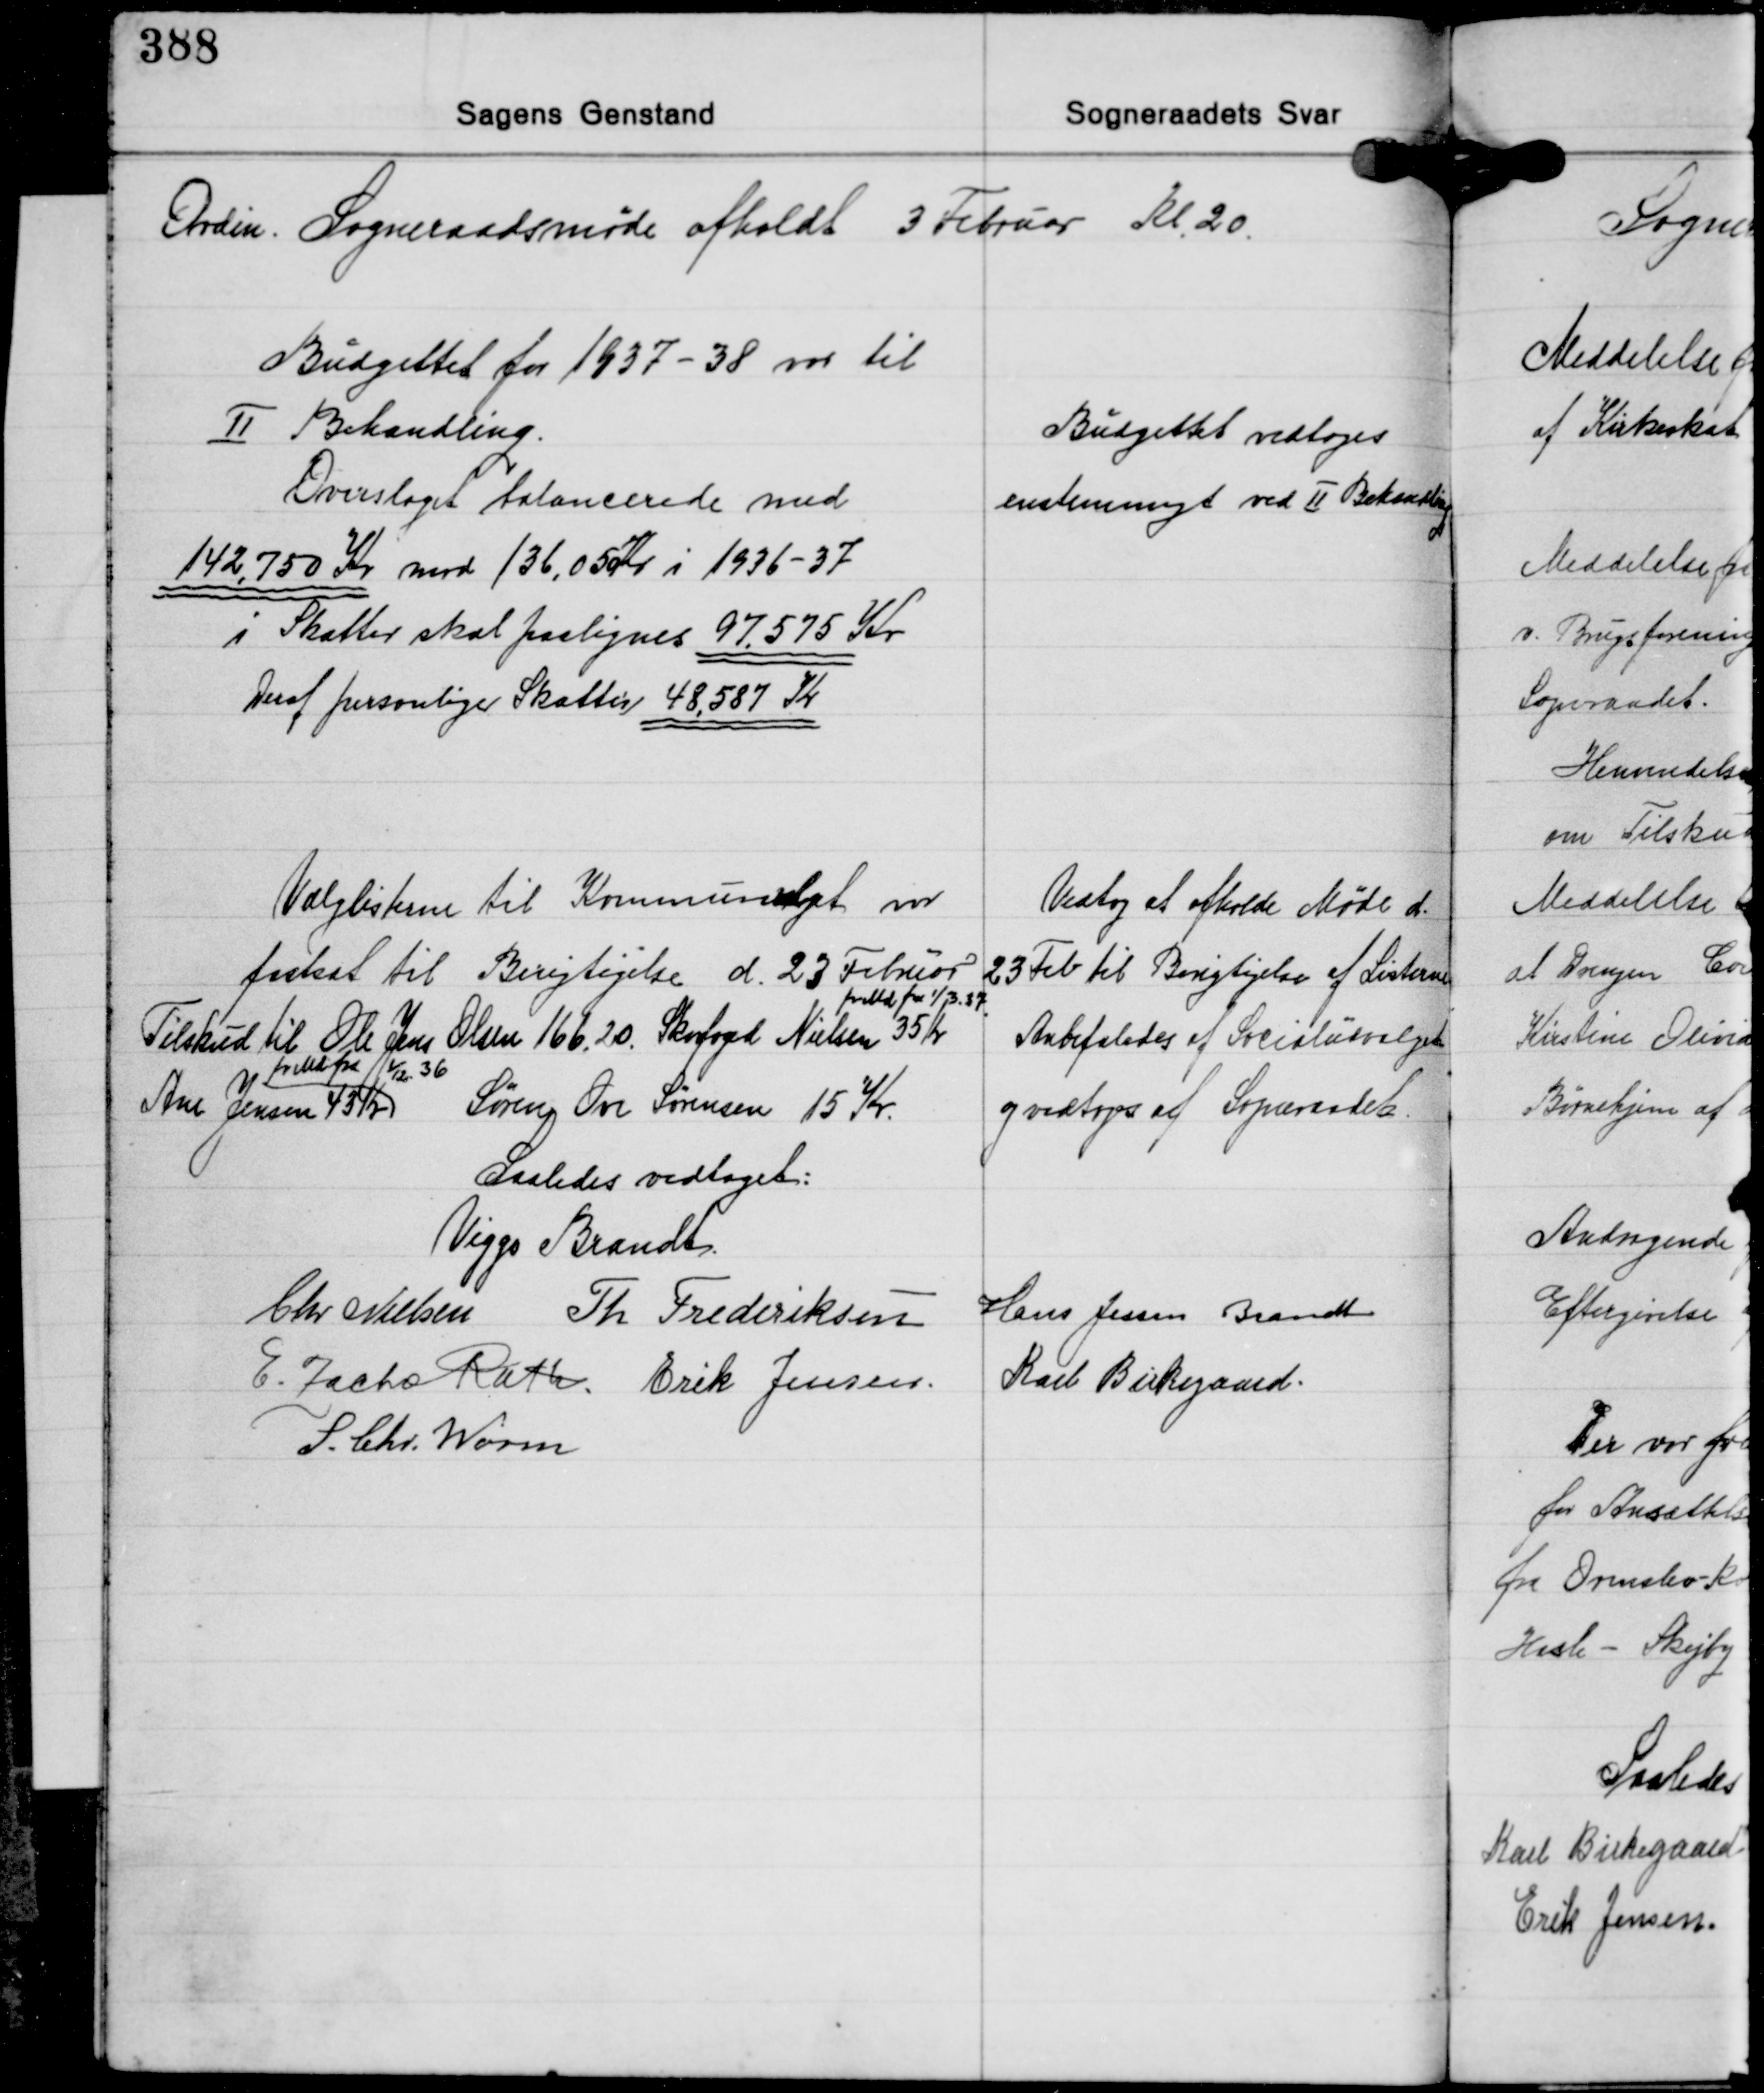
Transskription:
Ordin. Sogneraadsmøde afholdt 3 Februar Kl. 20.

Budgettet for 1937-38 var til
Ⅱ Behandling.
Overslaget balancerede med
142.750 Kr. mod 136,05 Kr. i 1936-37
i Skatter skal paalignes 97.575 Kr.
Deraf personlige Skatter 48.587 Kr.

Budgettet vedtoges
enstemmigt ved Ⅱ Behandling

Valglisterne til Kommunalgt var
fastsat til Berigtigelse d. 23 Februar
pr. Md. fra 1/13. 37
Tilskud til Ole Jens Olsen 166,20, Skovfoged Nielsen 35 Kr.
pr. Md. fra
1/12 36
Ane Jensen 43 Kr. Søren Ove Sørensen 15 Kr.

Vedtog at afholde Møde d.
23 Feb. til Berigtigelse af Listerne
Anbefaledes af Socialudvalget
og vedtoges af Sogneraadet

Saaledes vedtaget:

Viggo Brandt
Chr. Nielsen Th. Frederiksen Hans Jessen Brandt
E. Zacho Rath Erik Jensen Karl Birkegaard
S. Chr. Worm